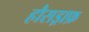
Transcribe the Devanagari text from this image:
हौसड्राफ़